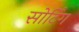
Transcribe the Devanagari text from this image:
सोर्टिंग